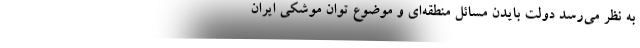
به نظر می‌رسد دولت بایدن مسائل منطقه‌ای و موضوعِ توانِ موشکی ایران